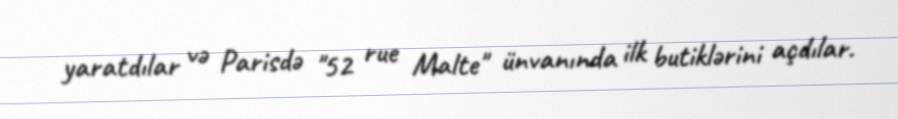
yaratdılar və Parisdə "52 rue Malte" ünvanında ilk butiklərini açdılar.